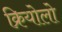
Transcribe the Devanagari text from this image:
क्रियोलो